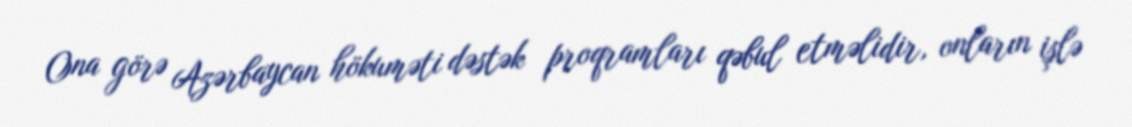
Ona görə Azərbaycan hökuməti dəstək proqramları qəbul etməlidir, onların işlə